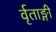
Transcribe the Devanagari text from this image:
र्वृताङ्गी